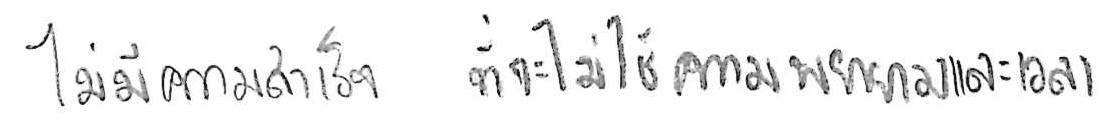
ไม่มีความสำเร็จใด ที่จะไม่ใช้ความพยายามและเวลา